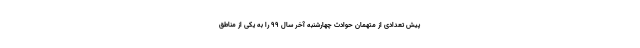
پیش تعدادی از متهمان حوادث چهارشنبه آخر سال ۹۹ را به یکی از مناطق